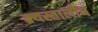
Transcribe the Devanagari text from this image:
क्र्यस्तालीय